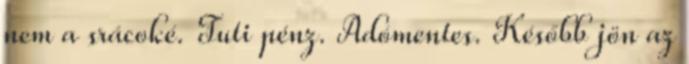
nem a srácoké. Tuti pénz. Adómentes. Később jön az